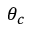
\theta _ { c }